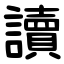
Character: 讀